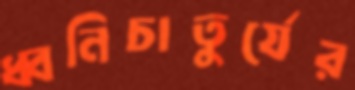
ধ্বনিচাতুর্যের